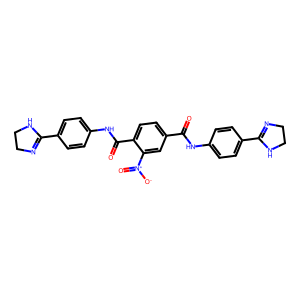
SMILES: O=C(Nc1ccc(C2=NCCN2)cc1)c1ccc(C(=O)Nc2ccc(C3=NCCN3)cc2)c([N+](=O)[O-])c1
Inhibits HIV replication: No